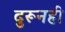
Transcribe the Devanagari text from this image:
दुरूनही